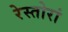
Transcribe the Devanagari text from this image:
रेस्तोरां